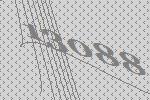
13088